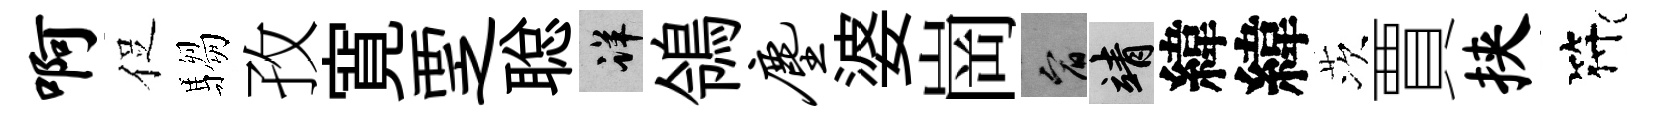
啊促騶孜寛覂聪详鴒尘婆崗宥靖緯緯茨賈挟符